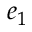
e _ { 1 }